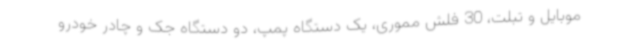
موبایل و تبلت، 30 فلش مموری، یک دستگاه پمپ، دو دستگاه جک و چادر خودرو